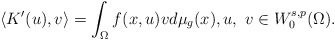
\begin{align*}\langle K'(u),v\rangle=\int_\Omega f(x,u)vd\mu _g(x), u,\ v\in W_0^{s,p}(\Omega).\end{align*}